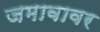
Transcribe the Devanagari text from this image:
जमावावर